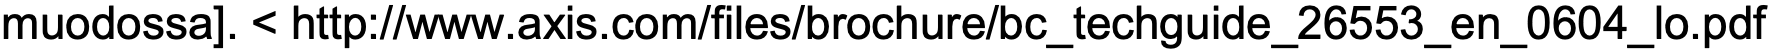
muodossa]. < http://www.axis.com/files/brochure/bc_techguide_26553_en_0604_lo.pdf